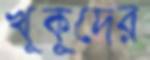
খুকুদের